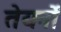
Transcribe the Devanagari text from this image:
तेयर्नों